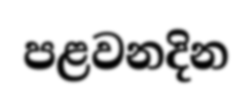
පළවනදින